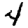
Digit: 4